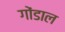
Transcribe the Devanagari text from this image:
गोंडाल